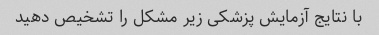
با نتایج آزمایش پزشکی زیر مشکل را تشخیص دهید